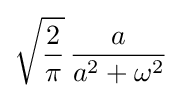
{\sqrt {\frac {2}{\pi }}}\,{\frac {a}{a^{2}+\omega ^{2}}}